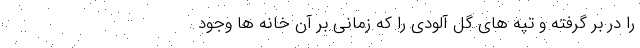
را در بر گرفته و تپه های گل آلودی را که زمانی بر آن خانه ها وجود